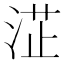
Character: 淽